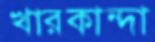
খারকান্দা